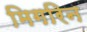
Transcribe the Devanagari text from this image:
मिगरिन